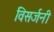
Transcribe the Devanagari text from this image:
विसर्जनी